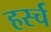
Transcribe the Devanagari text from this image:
हर्स्च